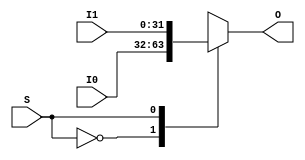
module Mux2to1_32b(
    input wire S,
    input wire [31:0] I0,
    input wire [31:0] I1,
    output reg [31:0] O
);

    always @ * begin
        case (S)
            1'b0:
                O <= I0;
            1'b1:
                O <= I1;
            default: begin
                // exception
                O <= 0;
            end
        endcase
    end

endmodule